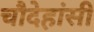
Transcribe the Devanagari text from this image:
चौदेहांसी